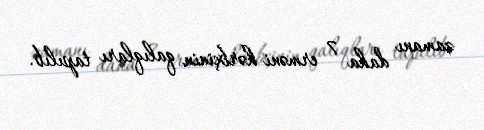
zamanı daha 7 erməni hərbçinin qalıqları tapılıb.